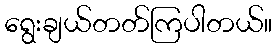
ရွေးချယ်တတ်ကြပါတယ်။